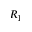
R _ { 1 }